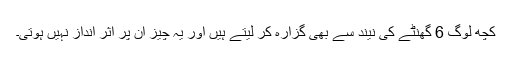
کچھ لوگ 6 گھنٹے کی نیند سے بھی گزارہ کر لیتے ہیں اور یہ چیز ان پر اثر انداز نہیں ہوتی۔